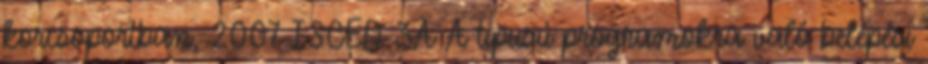
korcsoportban, 2007 ISCED 3A A típusú programokra való belépési